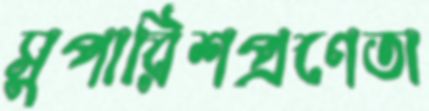
সুপারিশপ্রণেতা